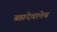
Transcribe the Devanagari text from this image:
ब्रह्मदेवानेच